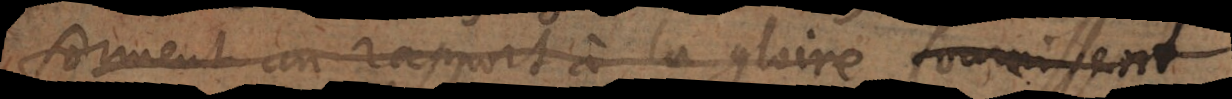
forment un rapport à la gloire fournissent